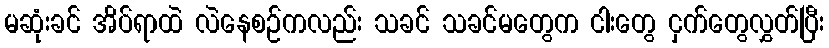
မဆုံးခင် အိပ်ရာထဲ လဲနေစဉ်ကလည်း သခင် သခင်မတွေက ငါးတွေ ငှက်တွေလွှတ်ပြီး